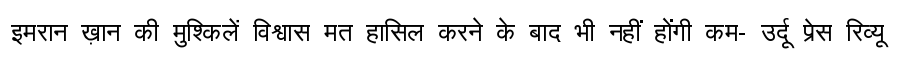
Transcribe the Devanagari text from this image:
इमरान ख़ान की मुश्किलें विश्वास मत हासिल करने के बाद भी नहीं होंगी कम- उर्दू प्रेस रिव्यू